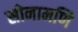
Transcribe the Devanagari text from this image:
सोनामणि